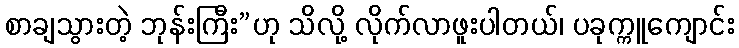
စာချသွားတဲ့ ဘုန်းကြီး”ဟု သိလို့ လိုက်လာဖူးပါတယ်၊ ပခုက္ကူကျောင်း